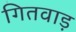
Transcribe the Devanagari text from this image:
गितवाड़